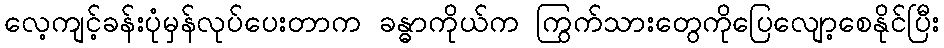
လေ့ကျင့်ခန်းပုံမှန်လုပ်ပေးတာက ခန္ဓာကိုယ်က ကြွက်သားတွေကိုပြေလျော့စေနိုင်ပြီး